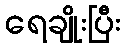
ရေချိုးပြီး